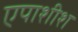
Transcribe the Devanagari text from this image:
एपाशीश